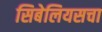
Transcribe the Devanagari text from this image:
सिबेलियसचा